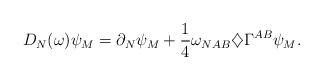
LaTeX: \begin{align*}D_N(\omega)\psi_M=\partial_N\psi_M+\frac{1}{4}\omega_{NAB}\diamondsuit\Gamma^{AB}\psi_M.\end{align*}